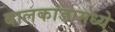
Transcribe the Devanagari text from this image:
बालकांडामध्ये